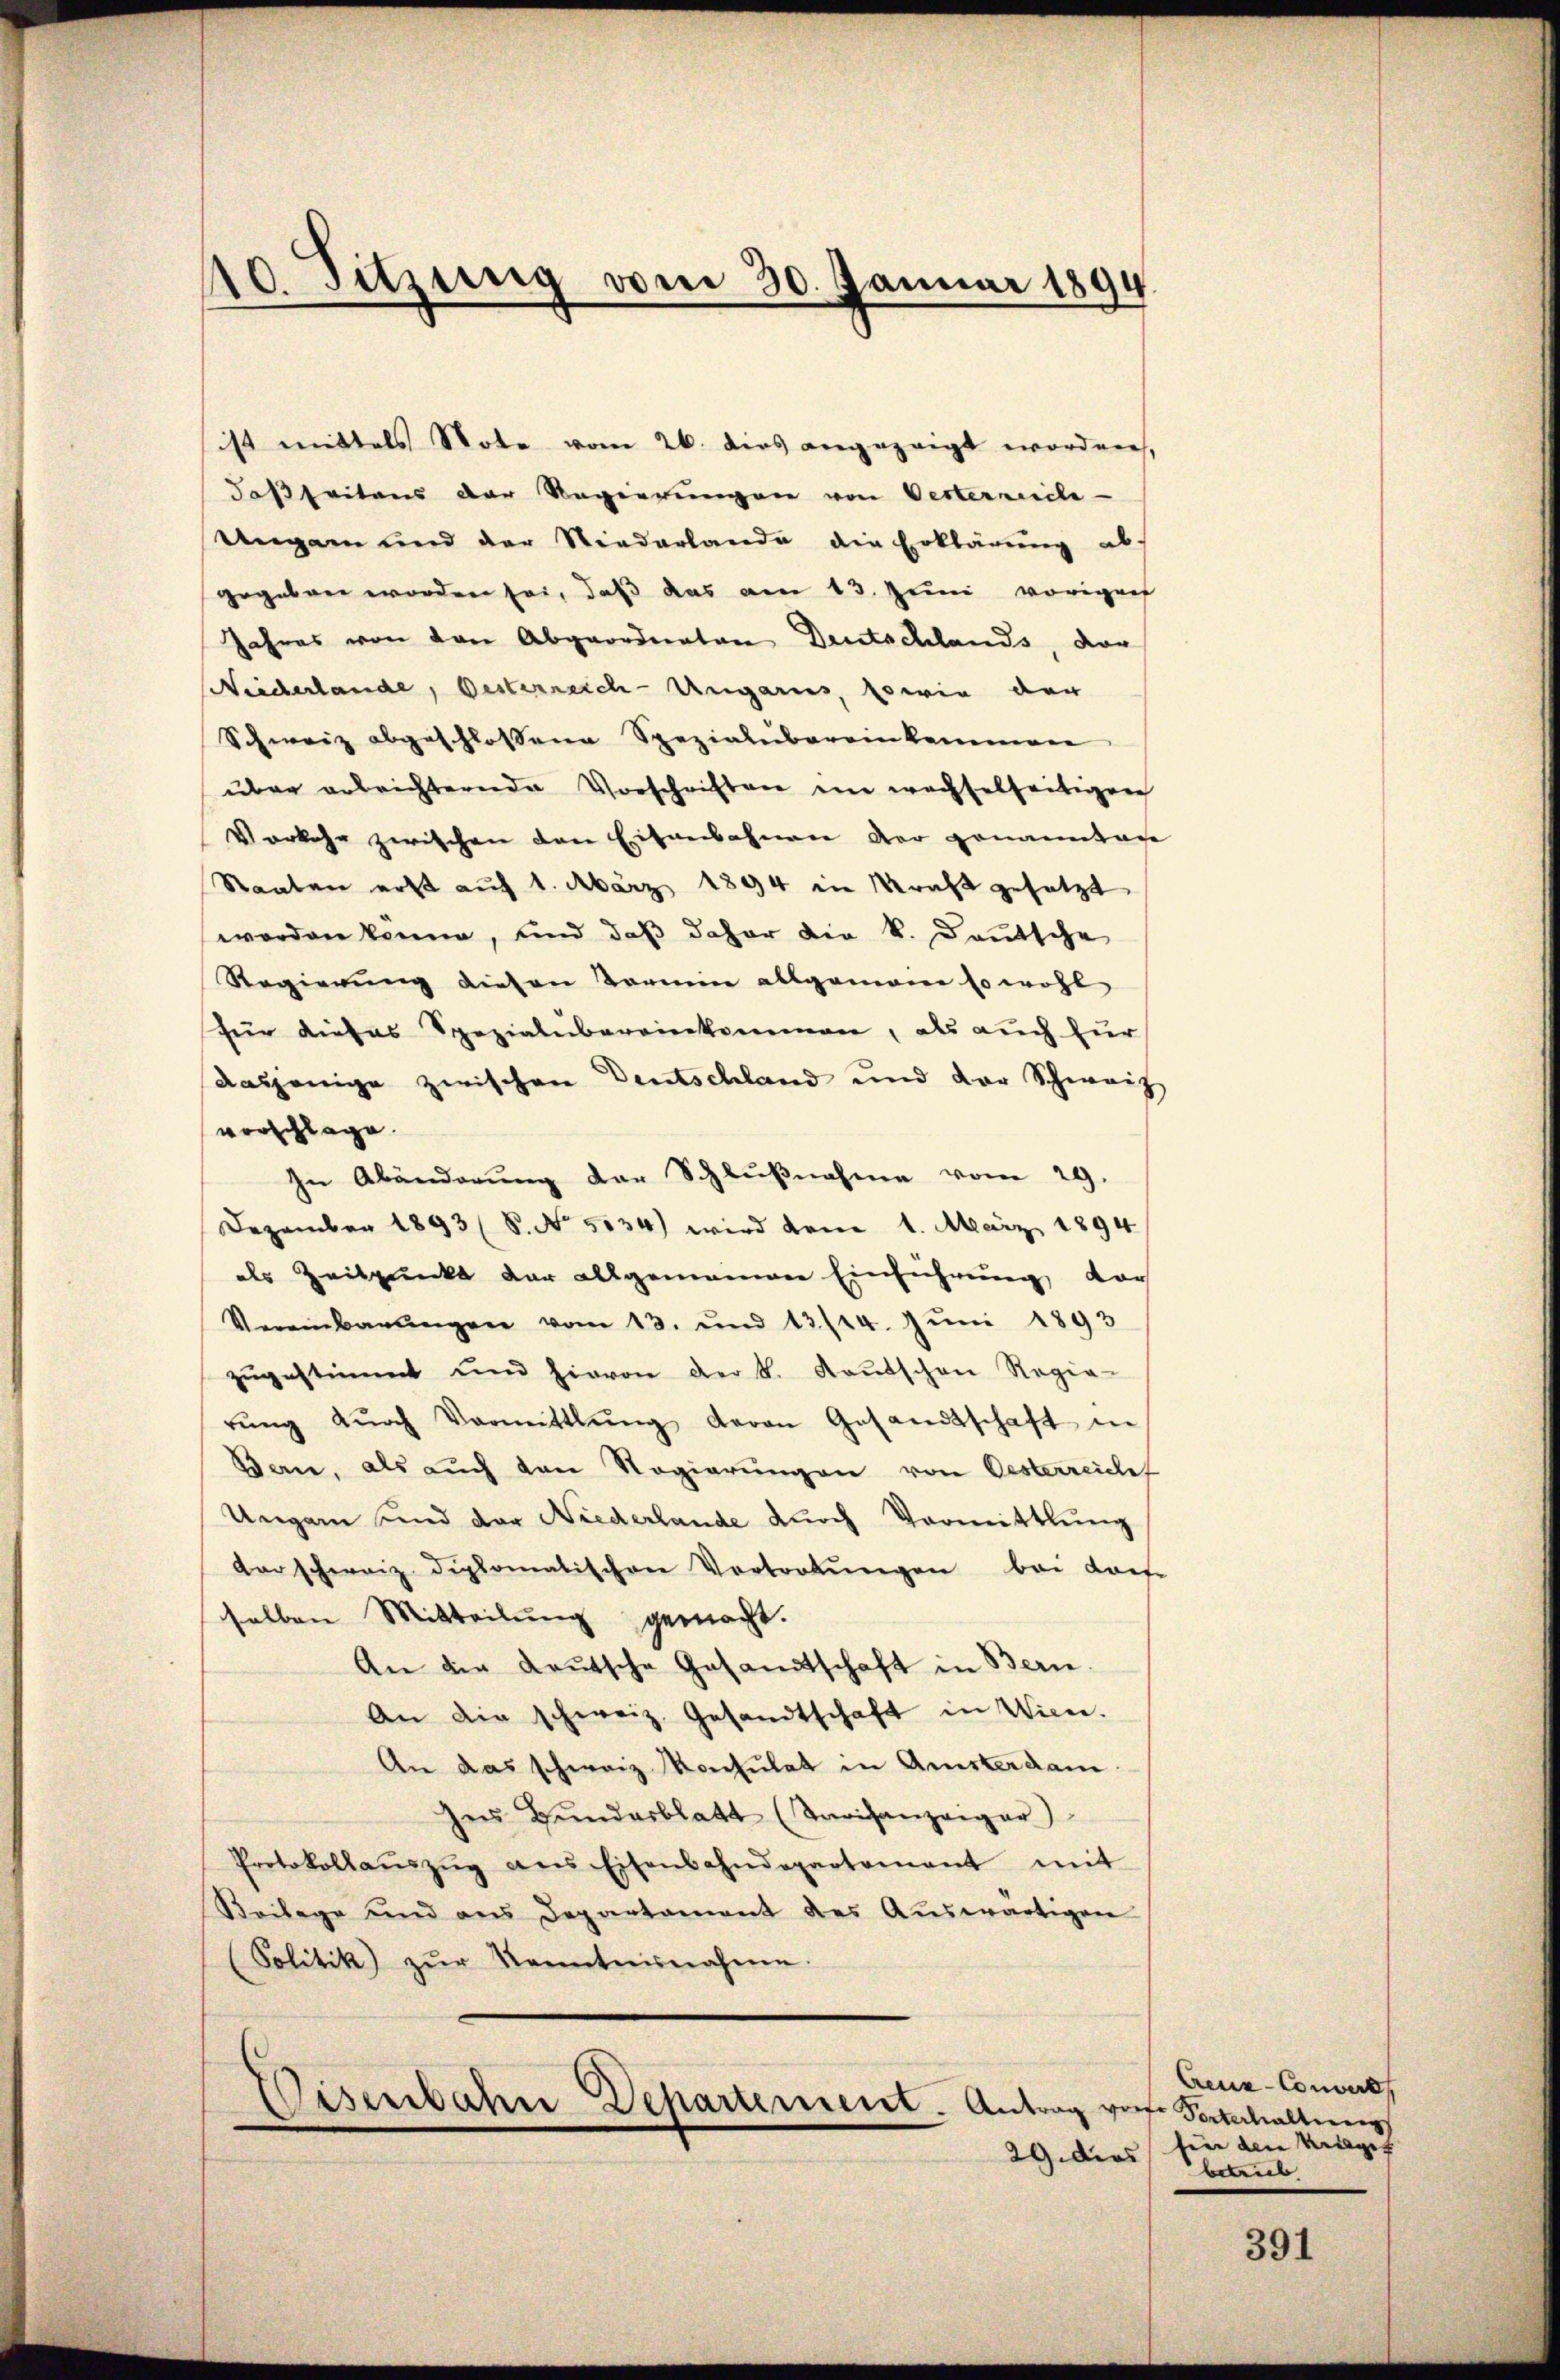
10. Sitzung vom 30. Januar 1894

ist mittels Note vom 26. dies angezeigt worden,
daßseitens der Regierungen von Oesterreiche
Ungarn und der Niederlande die Erklärŭng ab.
gegeben worden sei, daß das am 13. Juni vorigen
Jahres von den Abgeordneten Deutschlands, vor
Niederlande, Oesterreich-Ungaris, sowie der
Schweiz abgeschlossene Spezialibereinkommen
über erleichternde Vorschriften ein wachselseitigen
Vorkehr zwischen den Eisenbahnen der genannten
Staaten erst auf 1. März 1894 in Kraft gesetzt
worden könne, und daß daher die k. Deutsche
Regierung diesen Termin allgemein so wohl
für dieses Spezialubereinkommen, als auch für
dasjenige zwischen Deutschland und der Schweiz
verschlage
In Abänderung der Schlußnahme vom 29.
Dezember 1893 (S. No. 5034) wird dem 1. März 1894
als Zeitpunkt der allgemeinder Einführung vor
Vereinbarŭngen vom 13. und 13/14. Jŭni 1893
zŭgestimmt und hievon der k. Kautschen Regie-
rŭng dŭrch Vormittlung davon Gesandtschaft in
Ban, als auch von Regierŭngen von Oesterreiches
Ungen und der Niederlande durch Vormittlung
darschweiz diplomatischen Vertretŭngen bei dans
selben Mitteilung gemacht.
An die deutsche Gesandtschaft in Bern.
An die schweiz. Gesandtschaft in Wien.
An das schweiz Konsulat in Quisterdam
Ins Bŭndesblatt (Tarifanzeiger)
Protokollaŭszŭg ans Eisenbahndepartement mit
Beilage und ans Departament des Aŭswärtigen
(Solitik) zŭr Kenntnisnahme.
Eisenbahre Departement. Antrag vor Sorterhaltung

Creuz-Convert
29. dies fier den Krieget
betrieb

391